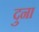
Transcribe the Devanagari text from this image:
दुना